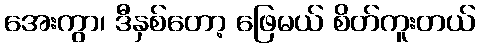
အေးကွာ၊ ဒီနှစ်တော့ ဖြေမယ် စိတ်ကူးတယ်